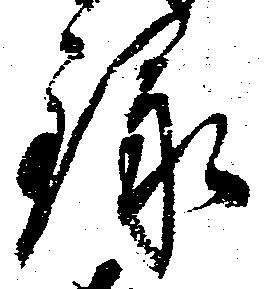
録